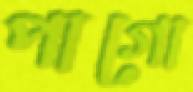
পাগো